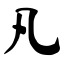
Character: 凡